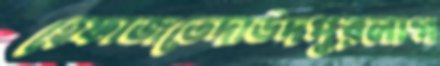
হেফাজতেদাউদপুরলাগ